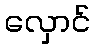
လှောင်